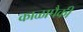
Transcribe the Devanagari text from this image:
काळापैकी